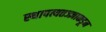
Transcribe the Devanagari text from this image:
स्थापत्यतज्‍ज्ञाकडून